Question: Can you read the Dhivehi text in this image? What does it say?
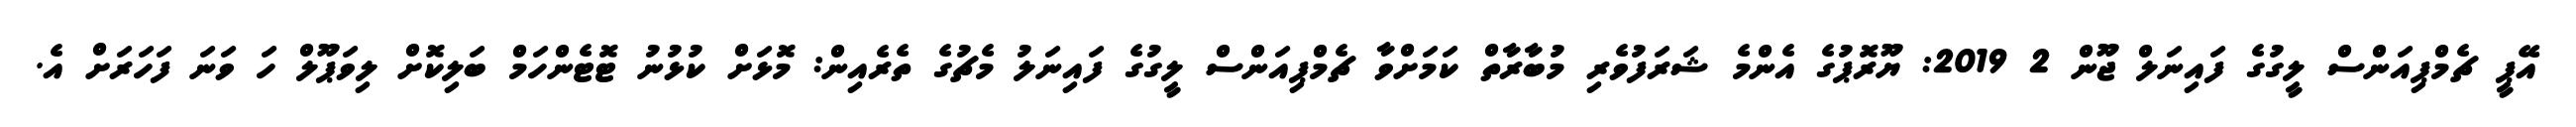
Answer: އޭޕީ ޗެމްޕިއަންސް ލީގުގެ ފައިނަލް ޖޫން 2 2019: ޔޫރޮޕުގެ އެންމެ ޝަރަފުވެރި މުބާރާތް ކަމަށްވާ ޗެމްޕިއަންސް ލީގުގެ ފައިނަލު މެޗުގެ ތެރެއިން: މޮޅަށް ކުޅުނު ޓޮޓެންހަމް ބަލިކޮށް ލިވަޕޫލް ހަ ވަނަ ފަހަރަށް އެ.